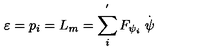
\varepsilon = p _ { i } = L _ { m } = \sum _ { i } ^ { ^ { \prime } } F _ { \psi _ { i } } \stackrel { . } { \psi }